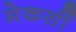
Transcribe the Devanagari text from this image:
मेकर्सी